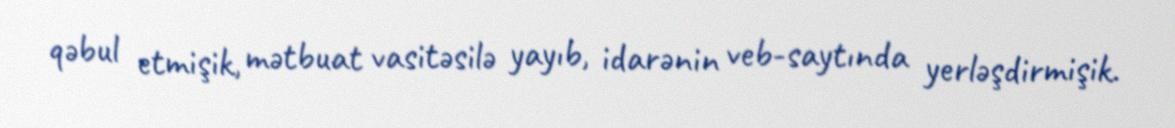
qəbul etmişik, mətbuat vasitəsilə yayıb, idarənin veb-saytında yerləşdirmişik.